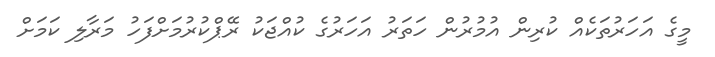
މީގެ އަހަރުތަކެއް ކުރިން އުމުރުން ހަތަރު އަހަރުގެ ކުއްޖަކު ރޭޕްކުރުމަށްފަހު މަރާލި ކަމަށް